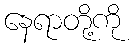
နေရာတို့ကို